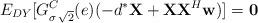
LaTeX: \begin{align*}E_{DY}[G^{C}_{\sigma\,\sqrt{2}}(e) (-d^*\textbf{X} + \textbf{XX}^{H}\textbf{w}) ] = \textbf{0}\end{align*}